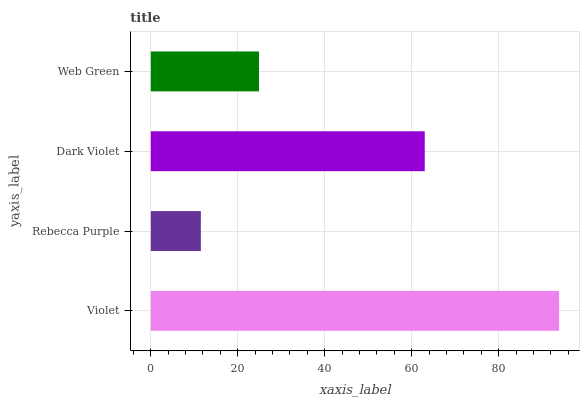
| yaxis_label | bars |
 | --- | --- |
 | Violet | 93.9 |
 | Rebecca Purple | 11.5 |
 | Dark Violet | 63 |
 | Web Green | 24.9 |